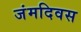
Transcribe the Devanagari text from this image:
जंमदिवस